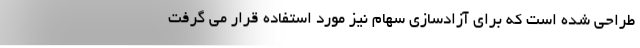
طراحی شده است که برای آزادسازی سهام نیز مورد استفاده قرار می گرفت